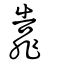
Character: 靠